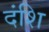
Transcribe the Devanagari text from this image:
दंशि